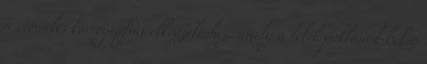
a cionális koreográfiai elképzeléshez, amely a lélek poklának belső